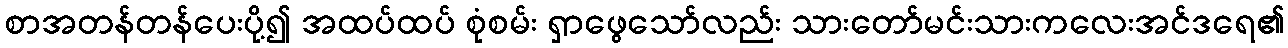
စာအတန်တန်ပေးပို့၍ အထပ်ထပ် စုံစမ်း ရှာဖွေသော်လည်း သားတော်မင်းသားကလေးအင်ဒရေ၏